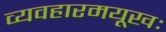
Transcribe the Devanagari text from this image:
व्यवहारमयूखः